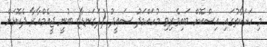
މި ހަރަކާތުގައި އިސްކޮށް ބައިވެރިވި މުހައްމަދު ސައީދު (ދަގަނޑާ) ބުނީ ޖީއެމްއާރާ ދެކޮޅަށް